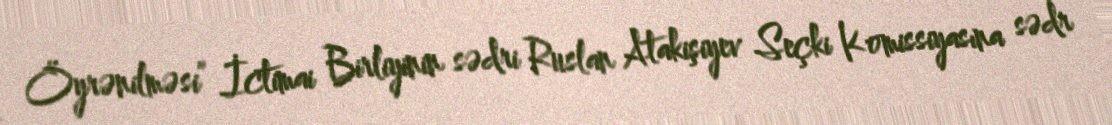
Öyrənilməsi” İctimai Birliyinin sədri Ruslan Atakişiyev Seçki Komissiyasına sədr